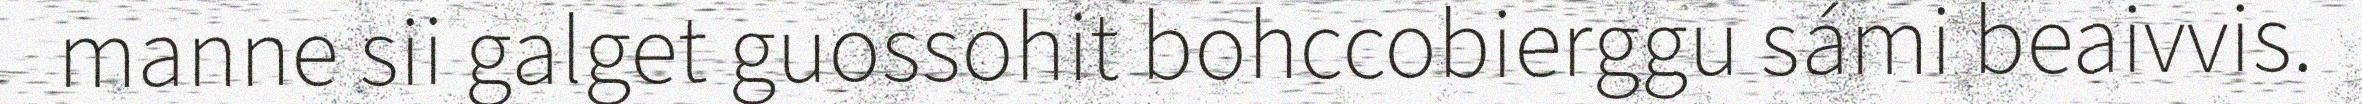
manne sii galget guossohit bohccobierggu sámi beaivvis.